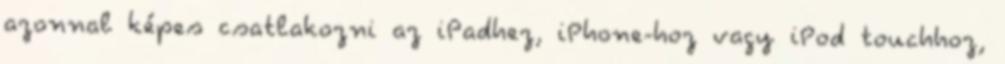
azonnal képes csatlakozni az iPadhez, iPhone-hoz vagy iPod touchhoz,